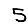
Digit: 5